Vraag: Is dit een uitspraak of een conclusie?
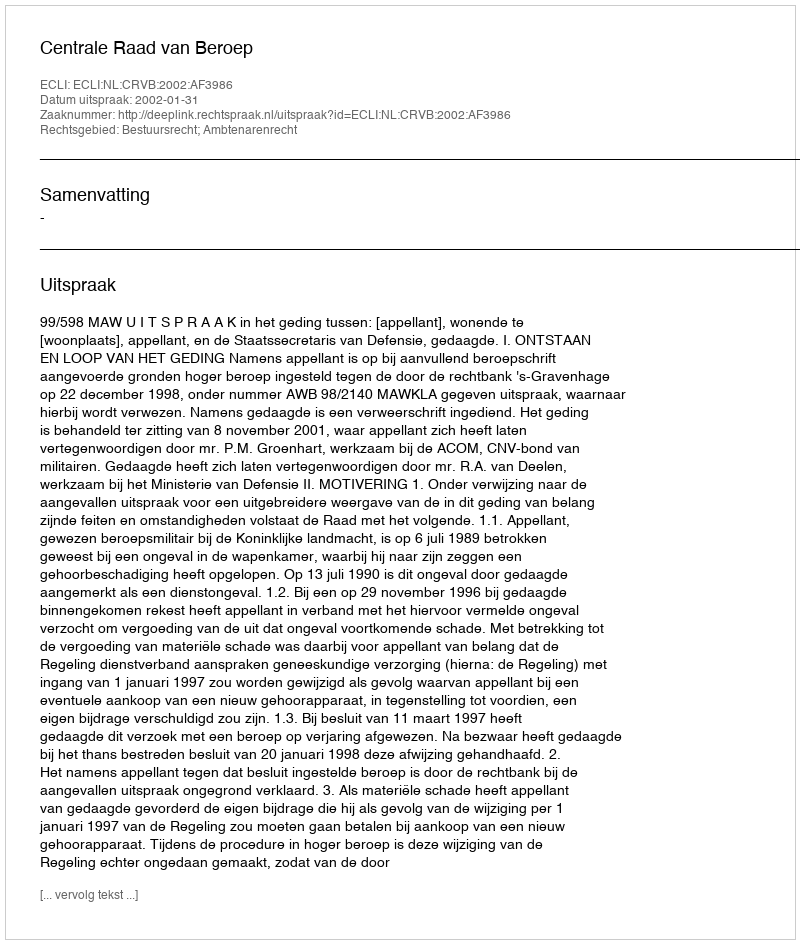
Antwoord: Uitspraak